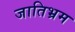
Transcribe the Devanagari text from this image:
जातिभ्रम